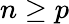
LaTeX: n\geq p